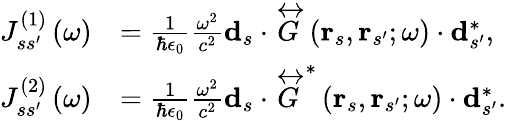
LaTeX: \begin{array}{rl}{J_{ss^{\prime}}^{\left(1\right)}\left(\omega\right)}&{=\frac{1}{\hbar\epsilon_{0}}\frac{\omega^{2}}{c^{2}}\mathbf{d}_{s}\cdot\overleftrightarrow{G}\left(\mathbf{r}_{s},\mathbf{r}_{s^{\prime}};\omega\right)\cdot\mathbf{d}_{s^{\prime}}^{*},}\\ {J_{ss^{\prime}}^{\left(2\right)}\left(\omega\right)}&{=\frac{1}{\hbar\epsilon_{0}}\frac{\omega^{2}}{c^{2}}\mathbf{d}_{s}\cdot\overleftrightarrow{G}^{*}\left(\mathbf{r}_{s},\mathbf{r}_{s^{\prime}};\omega\right)\cdot\mathbf{d}_{s^{\prime}}^{*}.}\end{array}